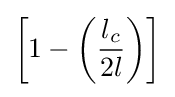
\left[1-\left({\frac {l_{c}}{2l}}\right)\right]